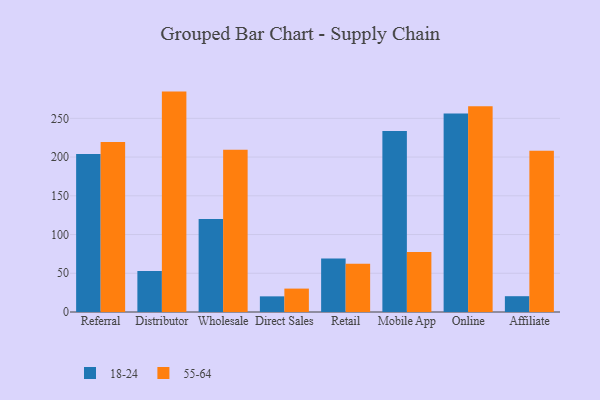
{"axis": {"x": "Channel", "y": "Bounce Rate (%)"}, "legend": ["18-24", "55-64"], "data": [{"x": "Referral", "y": 204.1, "type": "18-24"}, {"x": "Referral", "y": 219.4, "type": "55-64"}, {"x": "Distributor", "y": 53.0, "type": "18-24"}, {"x": "Distributor", "y": 284.5, "type": "55-64"}, {"x": "Wholesale", "y": 120.1, "type": "18-24"}, {"x": "Wholesale", "y": 209.3, "type": "55-64"}, {"x": "Direct Sales", "y": 20.2, "type": "18-24"}, {"x": "Direct Sales", "y": 30.2, "type": "55-64"}, {"x": "Retail", "y": 69.2, "type": "18-24"}, {"x": "Retail", "y": 62.3, "type": "55-64"}, {"x": "Mobile App", "y": 233.8, "type": "18-24"}, {"x": "Mobile App", "y": 77.6, "type": "55-64"}, {"x": "Online", "y": 256.3, "type": "18-24"}, {"x": "Online", "y": 265.6, "type": "55-64"}, {"x": "Affiliate", "y": 20.4, "type": "18-24"}, {"x": "Affiliate", "y": 208.2, "type": "55-64"}]}